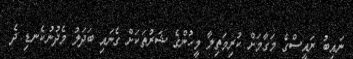
ނައިބު ރައީސްގެ މަގާމަށް ކުރިމަތިލާ މީހުންގެ ޝަރުތަކަށް ގެނައި ބަދަލު މެދުނުކެނޑި ދެ